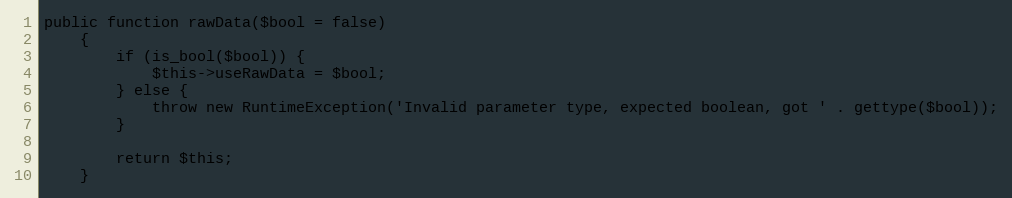
Language: PHP
public function rawData($bool = false)
	{
		if (is_bool($bool)) {
			$this->useRawData = $bool;
		} else {
			throw new RuntimeException('Invalid parameter type, expected boolean, got ' . gettype($bool));
		}

		return $this;
	}